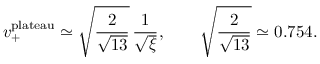
v _ { + } ^ { \mathrm { p l a t e a u } } \simeq \sqrt { \frac { 2 } { \sqrt { 1 3 } } } \, \frac { 1 } { \sqrt { \xi } } , \qquad \sqrt { \frac { 2 } { \sqrt { 1 3 } } } \simeq 0 . 7 5 4 .